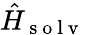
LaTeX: \hat{H}_{\mathrm{~s~o~l~v~}}